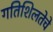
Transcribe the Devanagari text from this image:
गतिशिलतेचे